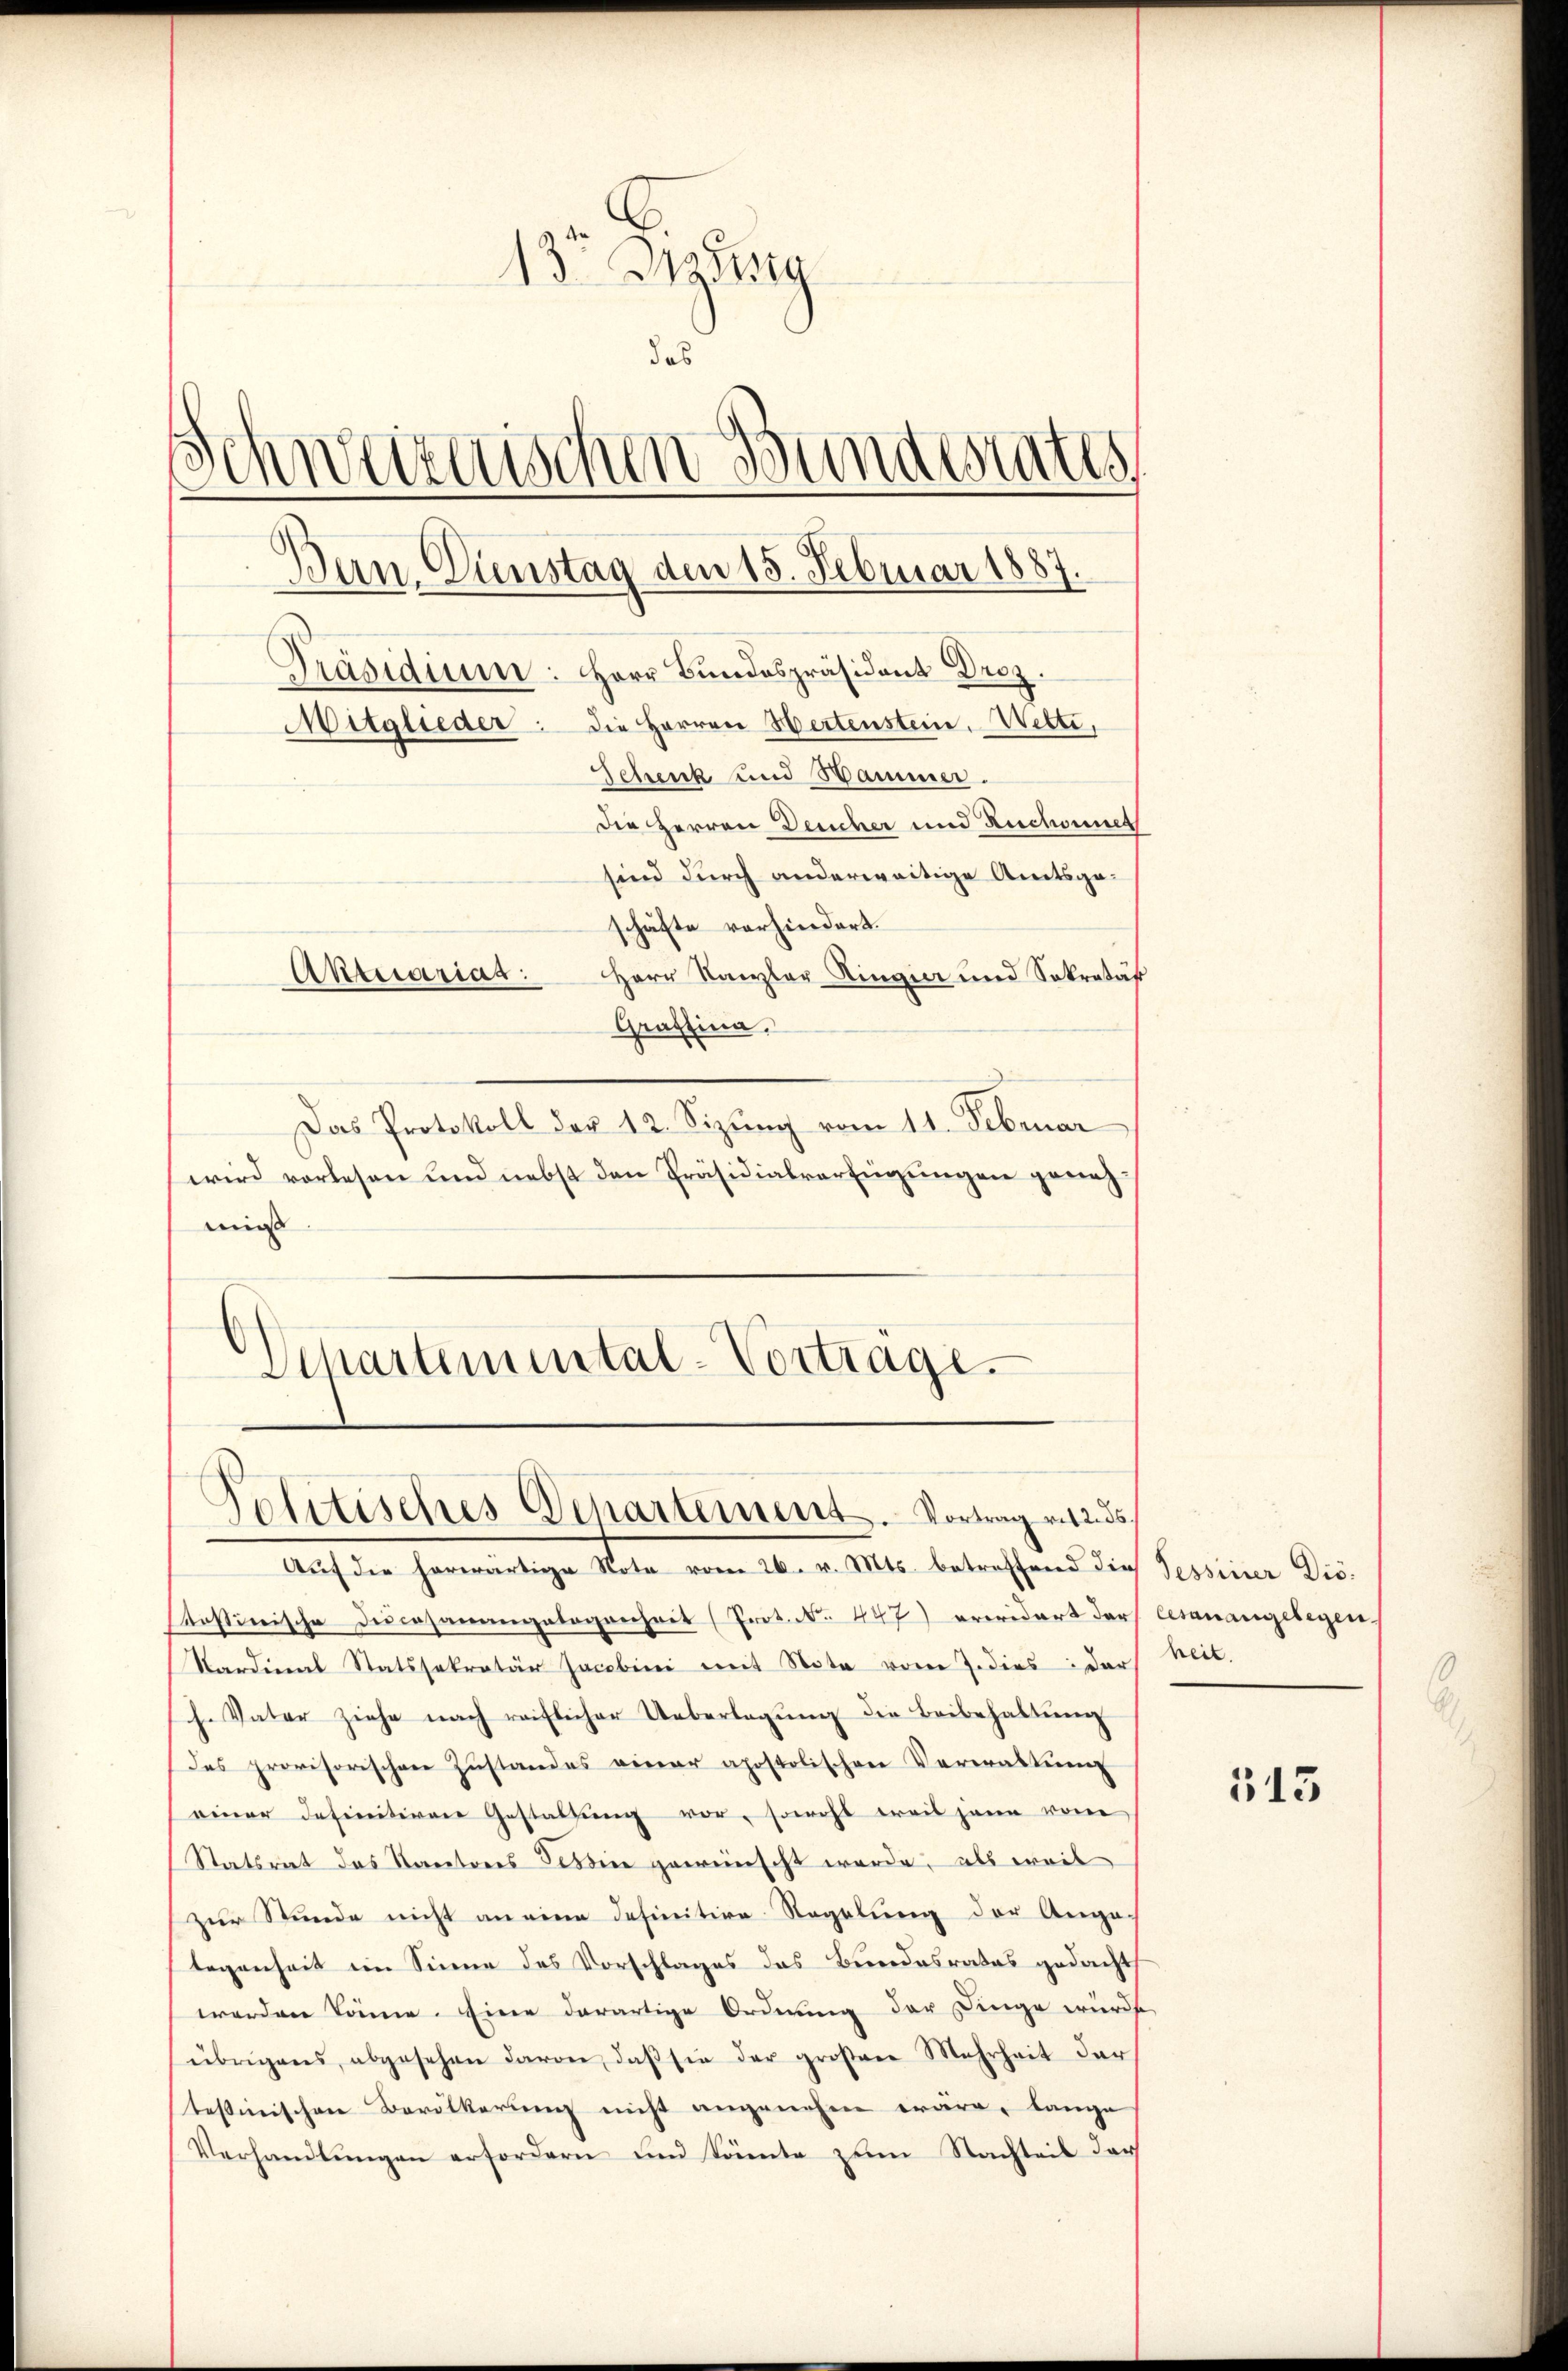
13. Jung
das
Schweizerischen Bundesrates
Ban. Dienstag dem 15. Februar 1887.
Präsidium: Herr Bundespräsident Droz.
Mitglieder: die Herren Hertenstein. Wetti,
Schenk und Hammer.
die Herren Deucher und Ruchonnet
sind durch anderweitige Amtsgeschäfte vorhindert.
Aktuariat
Herr Kanzler Ringier und Sokretär
Graffina.

Das Protokoll der 12. Sizung vom 11. Februar
wird vorlesen und nebst den Präsidialverfügungen genehmi

Schartemental-Vortrage.

Politisches Departement. Vortrag v. 235.
Aŭf die herwärtige Note vom 26. v. Mts. betreffend die Tessiner Dis¬

Prostinische Descesanangelegenheit (Prot. No. 447) erwidert darf Cesanangelegen.
Sardinal Statssekretär Jacobini mit Nota vom 7. dies dar heit.
h. Vater ziehe nach reiflicher Ueberlegŭng die Beibehaltŭng
des provisorischen Zustandes einer apostolischen Verwaltung
einer Infinitiven Gestaltung vor, sowohl weil jene vom
Statsrat das Kantores Tessine gewünscht werde, als weil
(zur Stunde nicht an eine definitive Regelung der Ange-
legenheit im Sinne des Vorschlages das Bundesrates gedacht
werden könne. Eine derartige Ordnung der Dinge wurde
übrigens, abgesehen davon, daβ sie der großene Mehrheit der
tessinischen Bevölkerung nicht angenehm wäre, lange
Verhandlŭngen erfordern und könnte zum Nachteit der

513